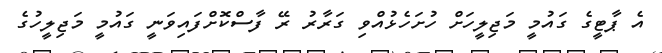
އެ ޕާޓީގެ ގައުމީ މަޖިލީހަށް ހުށަހެޅުއްވި ގަރާރު ރޭ ފާސްކޮށްފައިވަނީ ގައުމީ މަޖިލީހުގެ